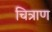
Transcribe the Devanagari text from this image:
चित्राण